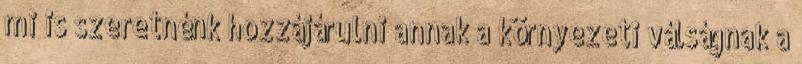
mi is szeretnénk hozzájárulni annak a környezeti válságnak a